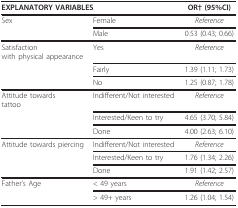
| <COLSPAN=2> EXPLANATORY VARIABLES | OR† (95%CI) |
 | --- | --- | --- |
 | Sex | Female | Reference |
 |  | Male | 0.53 (0.43; 0.66) |
 | Satisfactionwith physical appearance | Yes | Reference |
 |  | Fairly | 1.39 (1.11; 1.73) |
 |  | No | 1.25 (0.87; 1.78) |
 | Attitude towardstattoo | Indifferent/Not interested | Reference |
 |  | Interested/Keen to try | 4.65 (3.70; 5.84) |
 |  | Done | 4.00 (2.63; 6.10) |
 | Attitude towards piercing | Indifferent/Not interested | Reference |
 |  | Interested/Keen to try | 1.76 (1.34; 2.26) |
 |  | Done | 1.91 (1.42; 2.57) |
 | Father's Age | < 49 years | Reference |
 |  | > 49+ years | 1.26 (1.04; 1.54) |